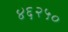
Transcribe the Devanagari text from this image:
४६२५०